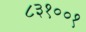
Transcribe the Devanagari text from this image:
८३१००१